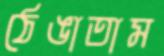
ঠেঙাতাম